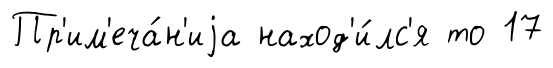
Пр'им'еча́н'иjа наход'и́лс'я то 17